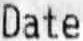
DATE